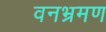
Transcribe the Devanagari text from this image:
वनभ्रमण